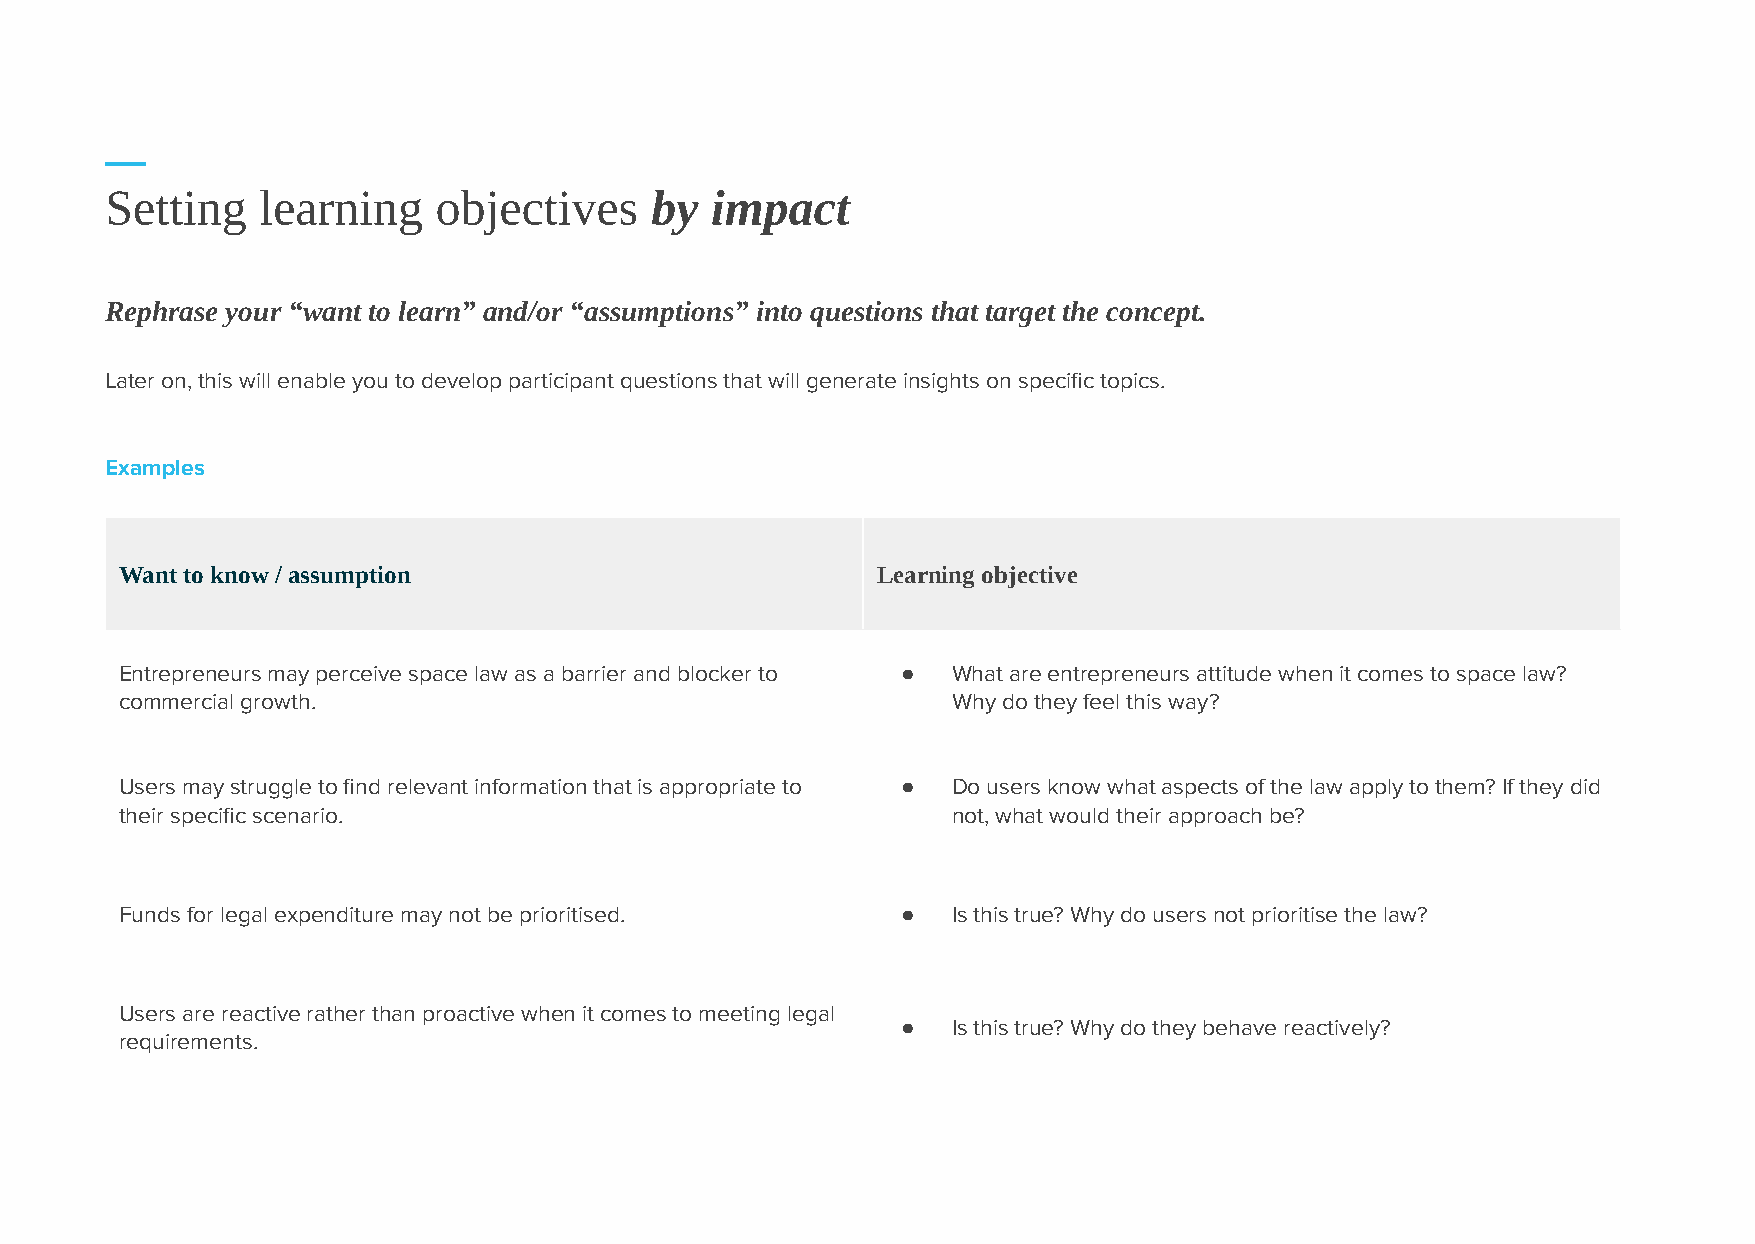
Setting   learning    objectives    by  impact
 Rephrase your “want to learn” and/or “assumptions” into questions that target the concept.
 Later on, this will enable you to develop participant questions that will generate insights on specific topics.
 Examples
 Want to know / assumption                         Learning objective
 Entrepreneurs may perceive space law as a barrier and blocker to ● What are entrepreneurs attitude when it comes to space law?
 commercial growth.                                     Why do they feel this way?
 Users may struggle to find relevant information that is appropriate to ● Do users know what aspects of the law apply to them? If they did
 their specific scenario.                               not, what would their approach be?
 Funds for legal expenditure may not be prioritised. ●  Is this true? Why do users not prioritise the law?
 Users are reactive rather than proactive when it comes to meeting legal
 ●  Is this true? Why do they behave reactively?
 requirements.